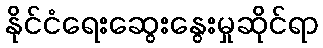
နိုင်ငံရေးဆွေးနွေးမှုဆိုင်ရာ